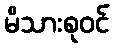
မိသားစုဝင်